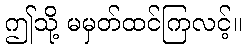
ဤသို့ မမှတ်ထင်ကြလင့်။